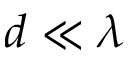
d \ll \lambda